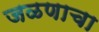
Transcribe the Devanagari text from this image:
जळणाचा